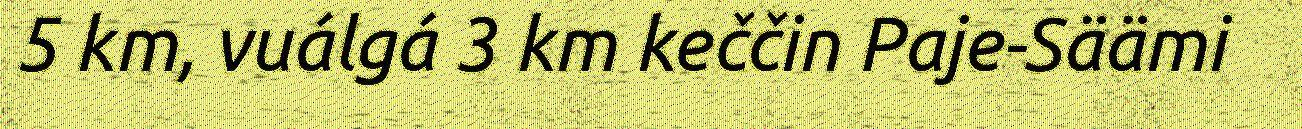
5 km, vuálgá 3 km keččin Paje-Säämi